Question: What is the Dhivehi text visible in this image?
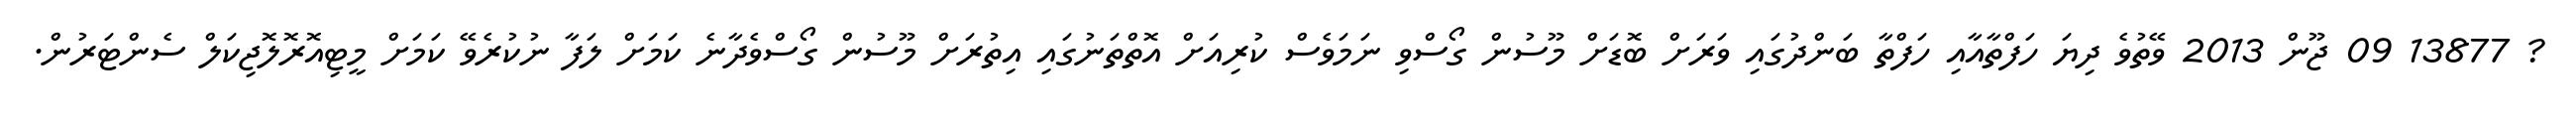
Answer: ? 13877 09 ޖޫން 2013 ވޭތުވެ ދިޔަ ހަފްތާއާއި ހަފްތާ ބަންދުގައި ވަރަށް ބޮޑަށް މޫސުން ގޯސްވި ނަމަވެސް ކުރިއަށް އޮތްތަނުގައި އިތުރަށް މޫސުން ގޯސްވެދާނެ ކަމަށް ލަފާ ނުކުރެވޭ ކަމަށް މީޓިއޮރޮލޮޖިކަލް ސެންޓަރުން.